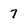
Character: 7